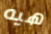
هيه